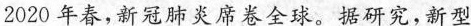
2020年春，新冠肺炎席卷全球。据研究，新型